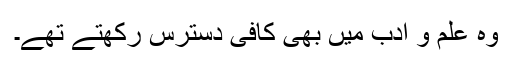
وہ علم و ادب میں بھی کافی دسترس رکھتے تھے۔